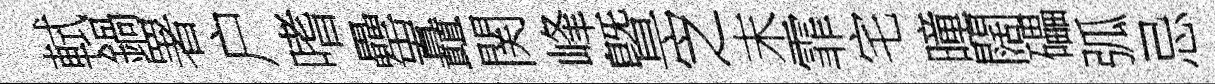
軾鍋署户嗜罍矗関峰曁㝎末霏宅曈闊礧弧忌